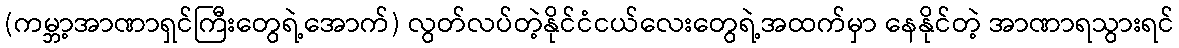
(ကမ္ဘာ့အာဏာရှင်ကြီးတွေရဲ့အောက်) လွတ်လပ်တဲ့နိုင်ငံငယ်လေးတွေရဲ့အထက်မှာ နေနိုင်တဲ့ အာဏာရသွားရင်